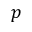
p